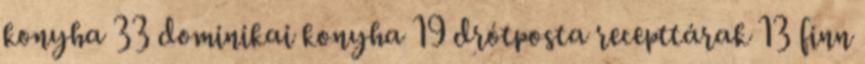
konyha 33 dominikai konyha 19 drótposta recepttárak 13 finn